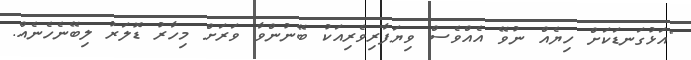
"އަޅުގަނޑަކަށް ހިޔެއް ނުވޭ އެއްވެސް ވިޔަފާރިވެރިއަކު ބޭނުންވާ ވަރަށް މިހާރު ޑޮލަރު ލިބޭނެހެނެއް.